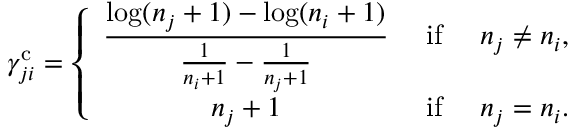
\gamma _ { j i } ^ { \mathrm { c } } = \left\{ \begin{array} { c c l } { \displaystyle \frac { \log ( n _ { j } + 1 ) - \log ( n _ { i } + 1 ) } { \frac { 1 } { n _ { i } + 1 } - \frac { 1 } { n _ { j } + 1 } } } & { \mathrm { ~ i f ~ } } & { n _ { j } \not = n _ { i } , } \\ { n _ { j } + 1 } & { \mathrm { ~ i f ~ } } & { n _ { j } = n _ { i } . } \end{array} \right.